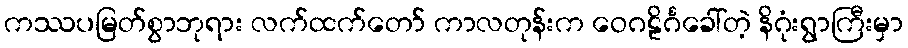
ကဿပမြတ်စွာဘုရား လက်ထက်တော် ကာလတုန်းက ဝေဂဠိင်္ဂခေါ်တဲ့ နိဂုံးရွာကြီးမှာ